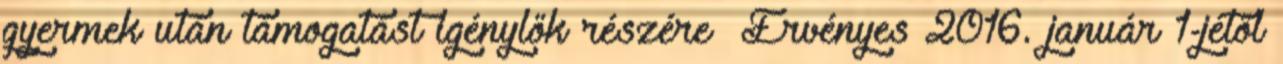
gyermek után támogatást igénylők részére Érvényes 2016. január 1-jétől